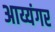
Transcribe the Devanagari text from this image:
अाय्यंगर